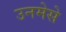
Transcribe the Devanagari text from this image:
उनमेसे